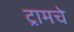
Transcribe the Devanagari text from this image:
ट्रामचे